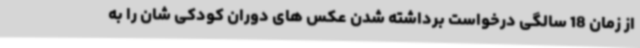
از زمان 18 سالگی درخواست برداشته شدن عکس های دوران کودکی شان را به